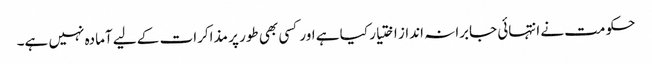
حکومت نے انتہائی جابرانہ انداز اختیار کیا ہے اور کسی بھی طور پر مذاکرات کے لیے آمادہ نہیں ہے۔